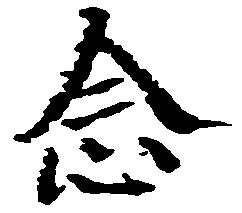
念